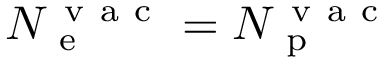
N _ { \mathrm { ~ e ~ } } ^ { \mathrm { ~ v ~ a ~ c ~ } } = N _ { \mathrm { ~ p ~ } } ^ { \mathrm { ~ v ~ a ~ c ~ } }